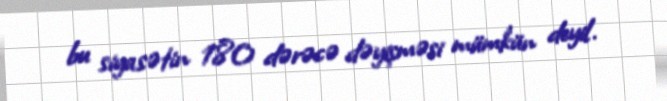
bu siyasətin 180 dərəcə dəyişməsi mümkün deyil.